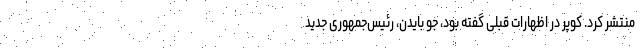
منتشر کرد. کوپر در اظهارات قبلی گفته بود، جو بایدن، رئیس‌جمهوری جدید